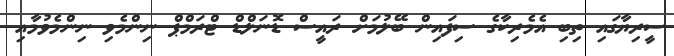
ސީރިޔާގައި ތިބި އެެމެރިކާގެ ސިފައިން ބޭލުމަށް ރައީސް ޑޮނަލްޑް ޓްރަމްޕް ނިންމެވި ނިންމެވުމާއި